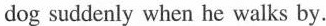
dog suddenly when he walks by.